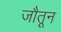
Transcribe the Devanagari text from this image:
जौतून